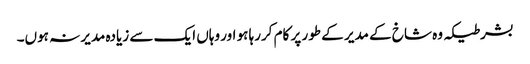
بشرطیکہ وہ شاخ کے مدیر کے طور پر کام کررہا ہو اور وہاں ایک سے زیادہ مدیر نہ ہوں۔